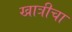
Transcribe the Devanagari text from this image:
खात्रीचा